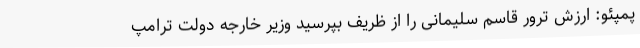
پمپئو: ارزش ترور قاسم سلیمانی را از ظريف بپرسيد وزیر خارجه دولت ترامپ